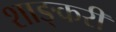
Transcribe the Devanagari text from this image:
शाङ्करी